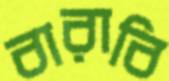
বারাবি